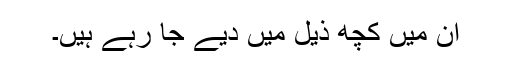
ان میں کچھ ذیل میں دیے جا رہے ہیں۔